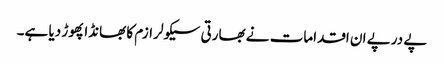
پے درپے ان اقدامات نے بھارتی سیکولر ازم کا بھانڈا پھوڑ دیا ہے۔